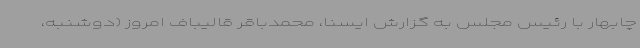
چابهار با رئیس مجلس به گزارش ایسنا، محمدباقر قالیباف امروز (دوشنبه،